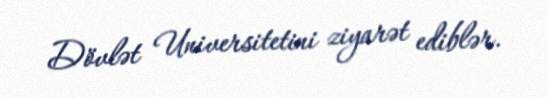
Dövlət Universitetini ziyarət ediblər.